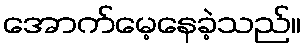
အောက်မေ့နေခဲ့သည်။